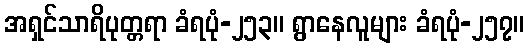
အရှင်သာရိပုတ္တရာ ခံရပုံ-၂၅၃။ ရွာနေလူများ ခံရပုံ-၂၅၇။